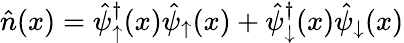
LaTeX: \hat{n}(x)=\hat{\psi}_{\uparrow}^{\dagger}(x)\hat{\psi}_{\uparrow}(x)+\hat{\psi}_{\downarrow}^{\dagger}(x)\hat{\psi}_{\downarrow}(x)